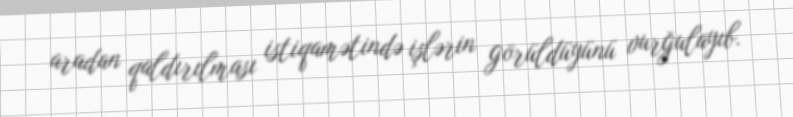
aradan qaldırılması istiqamətində işlərin görüldüyünü vurğulayıb.